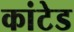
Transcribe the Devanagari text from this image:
कांटेड